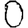
Digit: 0